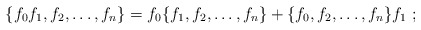
\begin{align*}\{f_0f_1,f_2,\ldots,f_n\} =f_0\{f_1,f_2,\ldots,f_n\}+\{f_0,f_2,\ldots,f_n\}f_1\; ;\end{align*}